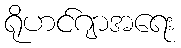
ရိုဟင်ဂျာအရေး